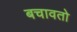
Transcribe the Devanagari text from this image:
बचावतो